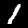
Label: 1